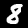
Digit: 8